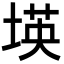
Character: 𡎘